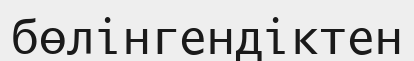
бөлінгендіктен